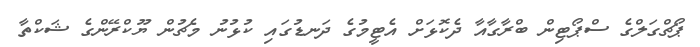
ޕޯޗްގަލްގެ ސްޕޯޓިން ބްރާގާއާ ދެކޮޅަށް އެޓީމުގެ ދަނޑުގައި ކުޅުނު މެޗުން ޔޫކްރޭންގެ ޝަކްތާ